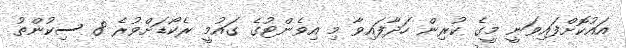
އައުކޮށްފައިވަނީ މީގެ ކުރިން ހަދާފައިވާ މި އިވެންޓުގެ ގައުމީ ރެކޯޑަށްވުރެ 8 ސިކުންތު